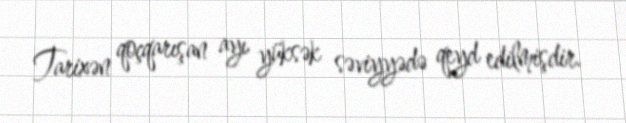
Tarixən qoçqarışan ayı yüksək səviyyədə qeyd edilmişdir.